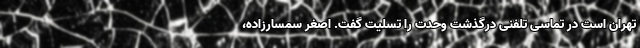
تهران است در تماسی تلفنی درگذشت وحدت را تسلیت گفت. اصغر سمسارزاده،